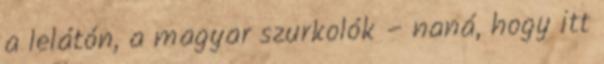
a lelátón, a magyar szurkolók – naná, hogy itt